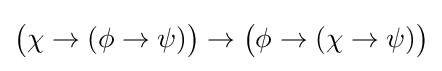
{\big (}\chi \to (\phi \to \psi ){\big )}\to {\big (}\phi \to (\chi \to \psi ){\big )}